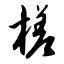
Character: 槎